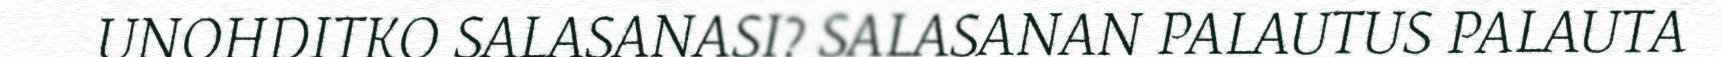
UNOHDITKO SALASANASI? SALASANAN PALAUTUS PALAUTA